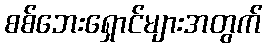
စစ်ဘေးရှောင်များအတွက်